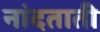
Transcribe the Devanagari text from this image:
नांदताती